Report on vaccination in Madras 1904-1921 - 1904-1921
Year: 1904
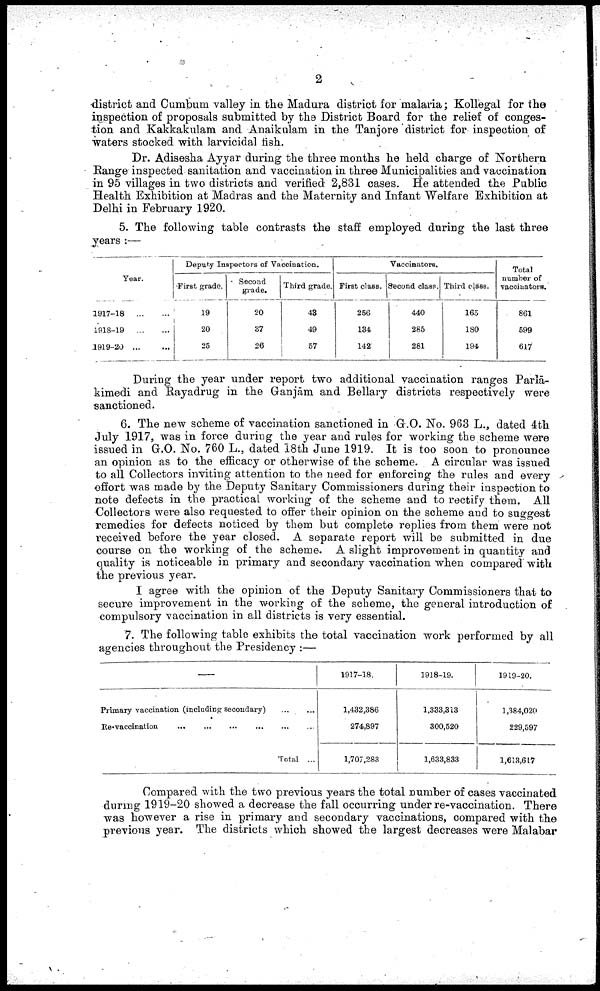
2
district and Cumbum valley in the Madura district for malaria; Kollegal for the
inspection of proposals submitted by the District Board for the relief of conges
tion and Kakkakulam and Anaikulam in the Tanjore district for inspection of
waters stocked with larvicidal fish.
Dr. Adisesha Ayyar during the three months he held charge of Northern
Range inspected sanitation and vaccination in three Municipalities and vaccination
in 95 villages in two districts and verified 2,831 cases. He attended the Public
Health Exhibition at Madras and the Maternity and Infant "Welfare Exhibition at
Delhi in February 1920.
5. The following table contrasts the staff employed during the last three
years :—
Year.
1917-18
...
...
1918-19
...
...
1919-20
...
...
Deputy Inspectors of Vaccination.
First grade.
19
20
25
Second
grade.
20
37
26
Third grade.
43
49
57
Vaccinators.
First class.
256
134
142
Second class.
440
285
281
Third class.
165
180
194
Total
number of
vaccinators.
861
599
617
During the year under report two additional vaccination ranges Parlā-
kimedi and Rayadrug in the Ganjām and Bellary districts respectively were
sanctioned.
6. The new scheme of vaccination sanctioned in G.O. No. 963 L., dated 4th
July 1917, was in force during the year and rules for working the scheme were
issued in G.O. No. 760 L., dated 18th June 1919. It is too soon to pronounce
an opinion as to the efficacy or otherwise of the scheme. A circular was issued
to all Collectors inviting attention to the need for enforcing the rules and every
effort was made by the Deputy Sanitary Commissioners during their inspection to
note defects in the practical working of the scheme and to rectify them. All
Collectors were also requested to offer their opinion on the scheme and to suggest
remedies for defects noticed by them but complete replies from them were not
received before the year closed. A separate report will be submitted in due
course on the working of the scheme. A slight improvement in quantity and
quality is noticeable in primary and secondary vaccination when compared with
the previous year.
I agree with the opinion of the Deputy Sanitary Commissioners that to
secure improvement in the working of the scheme, the general introduction of
compulsory vaccination in all districts is very essential.
7. The following table exhibits the total vaccination work performed by all
agencies throughout the Presidency :—
—
Primary vaccination (including secondary) ... ...
Re-vaccination
...
...
...
...
...
...
Total ...
1917-18.
1,432,386
274,897
1,707,283
1918-19.
1,333,313
300,520
1,633,833
1919-20.
1,384,020
229,597
1,613,617
Compared with the two previous years the total number of cases vaccinated
during 1919-20 showed a decrease the fall occurring under re-vaccination. There
was however a rise in primary and secondary vaccinations, compared with the
previous year. The districts which showed the largest decreases were Malabar